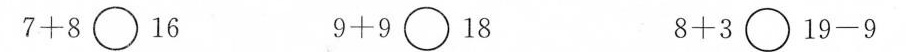
$$7 + 8 \circ 1 6$$ $$9 + 9 \circ 1 84$$ $$8 + 3 \circ 1 9 - 9$$